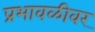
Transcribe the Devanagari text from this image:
प्रभावळीवर